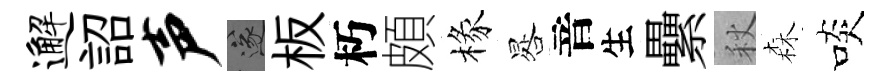
邂詔声遂板朽頗椽晷音生纍秋森啖